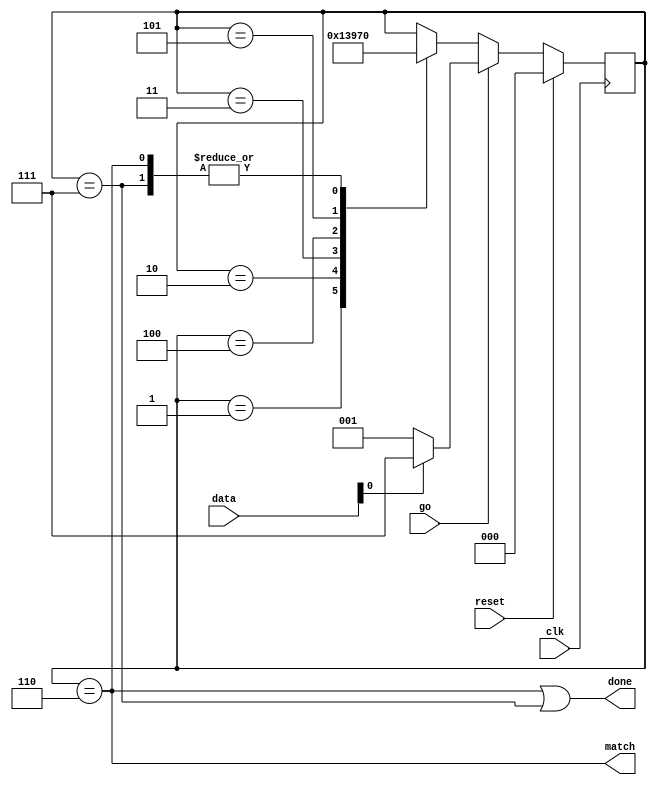


module address_filter_promisc
  (input clk,
   input reset,
   input go,
   input [7:0] data,
   output match,
   output done);

   reg [2:0] af_state;

   always @(posedge clk)
     if(reset)
       af_state     <= 0;
     else
       if(go)
	 af_state <= (data[0] == 1'b0) ? 1 : 7;
       else
	 case(af_state)
	   1 : af_state <= 2;
	   2 : af_state <= 3;
	   3 : af_state <= 4;
	   4 : af_state <= 5;
	   5 : af_state <= 6;
	   6, 7 : af_state <= 0;
	 endcase // case (af_state)

   assign match  = (af_state==6);
   assign done 	 = (af_state==6)|(af_state==7);
   
endmodule // address_filter_promisc